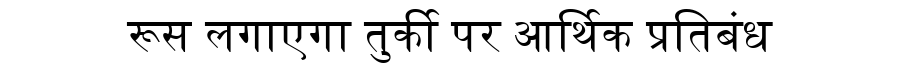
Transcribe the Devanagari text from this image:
रूस लगाएगा तुर्की पर आर्थिक प्रतिबंध